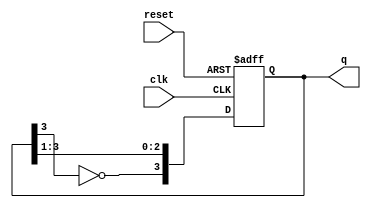
module johnson_counter (
    input wire clk,          // Clock input
    input wire reset,        // Asynchronous reset
    output reg [3:0] q       // 4-bit output
);

    // Sequential logic for Johnson counter
    always @(posedge clk or posedge reset) begin
        if (reset) begin
            q <= 4'b0000;    // Reset to initial state
        end else begin
            q <= {~q[3], q[3:1]}; // Shift right and feed inverted last bit
        end
    end

endmodule